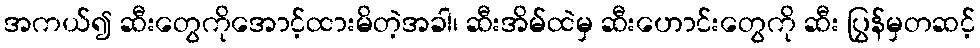
အကယ်၍ ဆီးတွေကိုအောင့်ထားမိတဲ့အခါ၊ ဆီးအိမ်ထဲမှ ဆီးဟောင်းတွေကို ဆီး ပြွန်မှတဆင့်